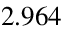
2 . 9 6 4